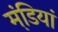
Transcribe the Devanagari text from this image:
मंडि़यां